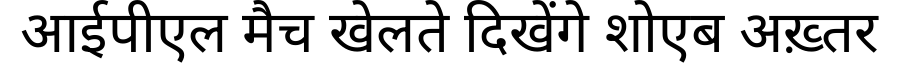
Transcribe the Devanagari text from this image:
आईपीएल मैच खेलते दिखेंगे शोएब अख़्तर